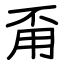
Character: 甭